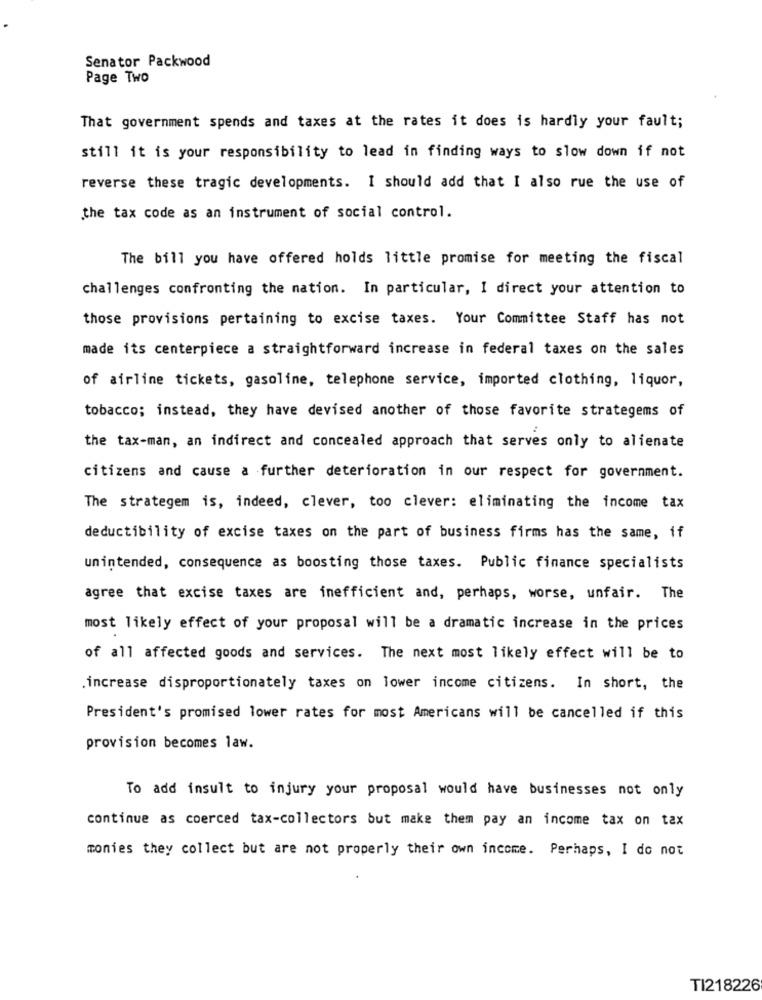
Senator Packwood
Page Two
That government spends and taxes at the rates it does is hardly your fault;
still it is your responsibility to lead in finding ways to slow down if not
reverse these tragic developments. I should add that I also rue the use of
the tax code as an instrument of social control.
The bill you have offered holds little promise for meeting the fiscal
challenges confronting the nation. In particular, I direct your attention to
those provisions pertaining to excise taxes. Your Committee Staff has not
made its centerpiece a straightforward increase in federal taxes on the sales
of airline tickets, gasoline, telephone service, imported clothing, liquor,
tobacco; instead, they have devised another of those favorite strategems of
the tax-man, an indirect and concealed approach that serves only to alienate
citizens and cause a further deterioration in our respect for government.
The strategem is, indeed, clever, too clever: eliminating the income tax
deductibility of excise taxes on the part of business firms has the same, if
unintended, consequence as boosting those taxes. Public finance specialists
agree that excise taxes are inefficient and, perhaps, worse, unfair. The
most likely effect of your proposal will be a dramatic increase in the prices
of all affected goods and services. The next most likely effect will be to
.increase disproportionately taxes on lower income citizens. In short, the
President's promised lower rates for most Americans will be cancelled if this
provision becomes law.
To add insult to injury your proposal would have businesses not only
continue as coerced tax-collectors but make them pay an income tax on tax
monies they collect but are not properly their own income. Perhaps, I do not
TI218226